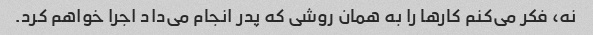
نه، فکر می‌کنم کارها را به همان روشی که پدر انجام می‌داد اجرا خواهم کرد.